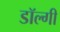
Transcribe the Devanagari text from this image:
डॉल्गी